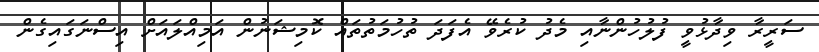
ސަރީރާ ވިދާޅުވީ ފުލުހުންނާއި މެދު ކުރެވޭ އެފަދަ ތުހުމަތުތައް ކޮމިޝަނުން އަމިއްލައަށް އިސްނަގައިގެން